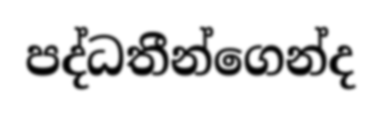
පද්ධතීන්ගෙන්ද